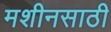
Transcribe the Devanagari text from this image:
मशीनसाठी